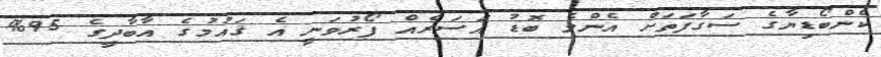
ކެންބޯޑިޔާގެ ސަގާފަތަށް އެންމެ ބޮޑު އަސަރެއް ފޯރުވަނީ އެ ޤައުމުގެ އާބާދީގެ 95%